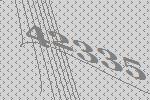
42335